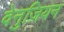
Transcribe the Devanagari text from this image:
वेनुज़ियन